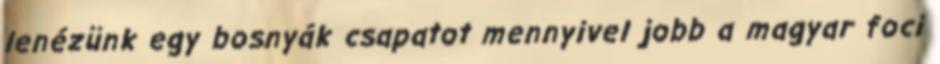
lenézünk egy bosnyák csapatot mennyivel jobb a magyar foci